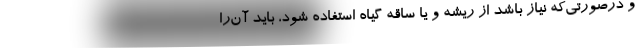
و درصورتی‌که نیاز باشد از ریشه و یا ساقه گیاه استفاده شود، باید آن‌را